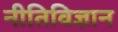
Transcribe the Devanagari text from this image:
नीतिविज्ञान